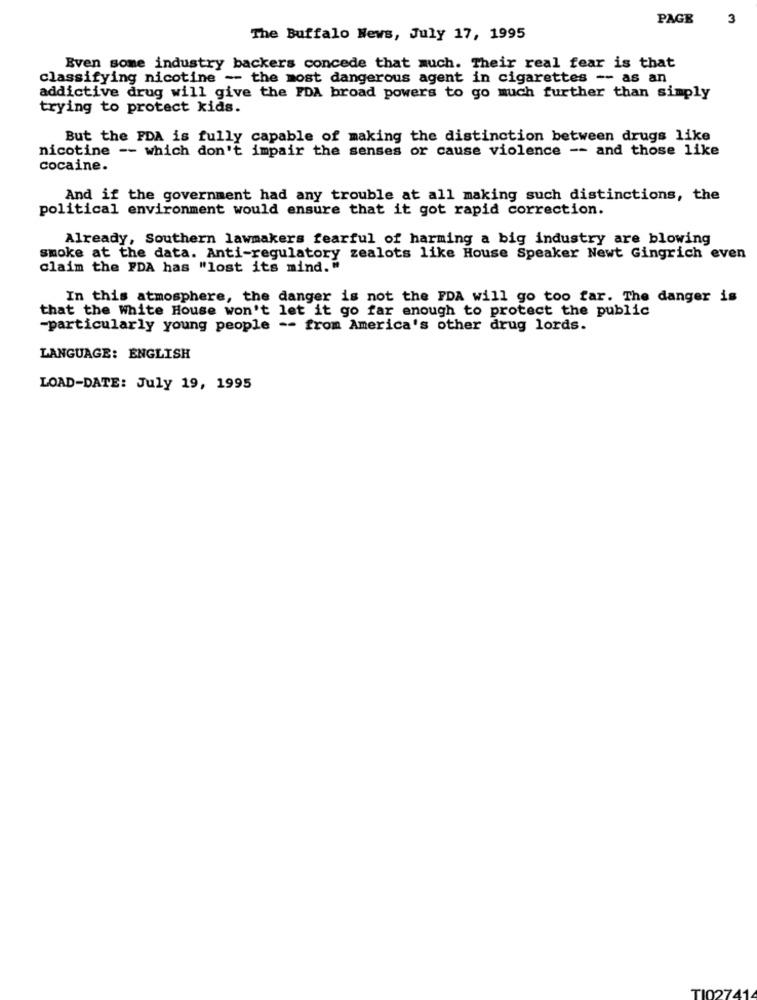
PAGE
3
The Buffalo News, July 17, 1995
Even some industry backers concede that much. Their real fear is that
classifying nicotine -- the most dangerous agent in cigarettes -- as an
addictive drug will give the FDA broad powers to go much further than simply
trying to protect kids.
But the FDA is fully capable of making the distinction between drugs like
nicotine -- which don't impair the senses or cause violence -- and those like
cocaine.
And if the government had any trouble at all making such distinctions, the
political environment would ensure that it got rapid correction.
Already, Southern lawmakers fearful of harming a big industry are blowing
smoke at the data. Anti-regulatory zealots like House Speaker Newt Gingrich even
claim the FDA has "lost its mind."
In this atmosphere, the danger is not the FDA will go too far. The danger is
that the White House won't let it go far enough to protect the public
-particularly young people -- from America's other drug lords.
LANGUAGE: ENGLISH
LOAD-DATE: July 19, 1995
TI027